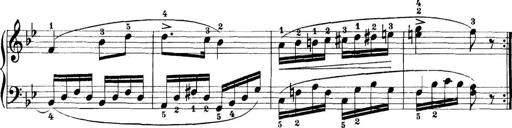
Title: 11 Sonatinas
Composer: Anton Diabelli